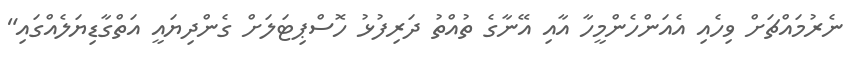
ނެރުމައްޗަށް ވިހެއި އެއަންހެންމީހާ އާއި އޭނާގެ ތުއްތު ދަރިފުޅު ހޮސްޕިޓަލަށް ގެންދިޔައީ އަތްގާޑިޔަލެއްގައި"